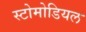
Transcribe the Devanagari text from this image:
स्टोमोडियल